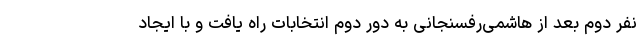
نفر دوم بعد از هاشمی‌رفسنجانی به دور دوم انتخابات راه یافت و با ایجاد